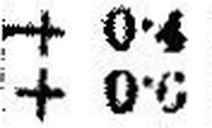
+ 0•5